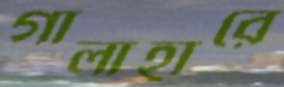
গালাহারে